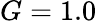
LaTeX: G=1.0